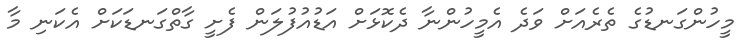
މީހުންގަނޑުގެ ތެރެއަށް ވަދެ އެމީހުންނާ ދެކޮޅަށް އަޑުއުފުލަން ފެށީ ގާތްގަނޑަކަށް އެކަނި މާ